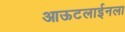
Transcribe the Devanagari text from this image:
आऊटलाईनला